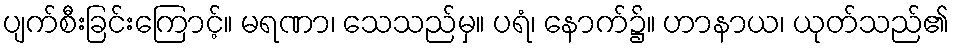
ပျက်စီးခြင်းကြောင့်။ မရဏာ၊ သေသည်မှ။ ပရံ၊ နောက်၌။ ဟာနာယ၊ ယုတ်သည်၏